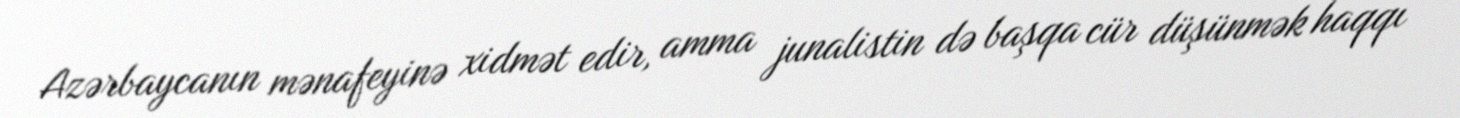
Azərbaycanın mənafeyinə xidmət edir, amma junalistin də başqa cür düşünmək haqqı